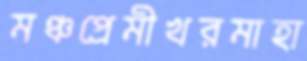
মঞ্চপ্রেমীখরমাহা